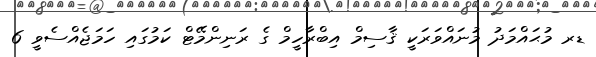
ޑރ މުޙައްމަދު މުނައްވަރަކީ ޤާސިމް އިބްރާހީމް ގެ ރަނިންމޭޓް ކަމުގައި ހަމަޖެއްސެވީ 6